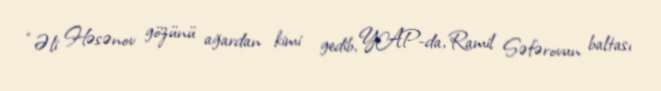
“Əli Həsənov gözünü ağardan kimi gedib, YAP-da, Ramil Səfərovun baltası